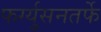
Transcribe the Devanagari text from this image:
फर्ग्युसनतर्फे